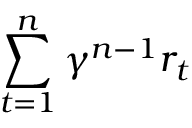
\sum _ { t = 1 } ^ { n } \gamma ^ { n - 1 } r _ { t }